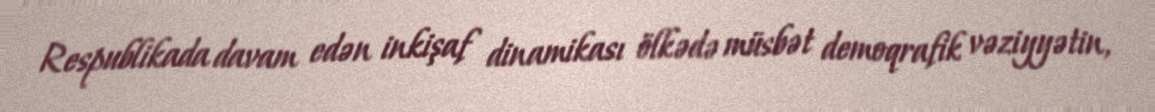
Respublikada davam edən inkişaf dinamikası ölkədə müsbət demoqrafik vəziyyətin,